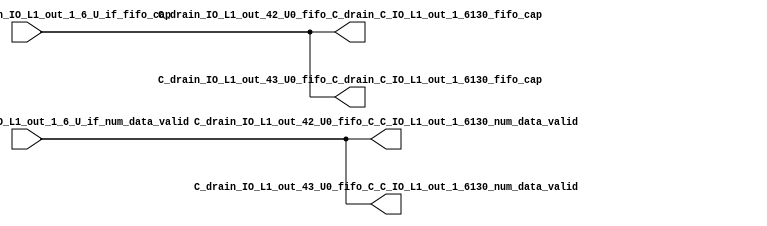
// ==================================================
// RTL generated by RapidStream
//
// Copyright 2024 RapidStream Design Automation, Inc.
// All Rights Reserved.
// ==================================================
`timescale 1 ns / 1 ps
module __rs_kernel3_aux_split_aux_83 #(
    parameter C_S_AXI_CONTROL_DATA_WIDTH  = 32,
    parameter C_S_AXI_CONTROL_ADDR_WIDTH  = 6,
    parameter C_S_AXI_DATA_WIDTH          = 32,
    parameter C_M_AXI_GMEM_A_ID_WIDTH     = 1,
    parameter C_M_AXI_GMEM_A_ADDR_WIDTH   = 64,
    parameter C_M_AXI_GMEM_A_DATA_WIDTH   = 512,
    parameter C_M_AXI_GMEM_A_AWUSER_WIDTH = 1,
    parameter C_M_AXI_GMEM_A_ARUSER_WIDTH = 1,
    parameter C_M_AXI_GMEM_A_WUSER_WIDTH  = 1,
    parameter C_M_AXI_GMEM_A_RUSER_WIDTH  = 1,
    parameter C_M_AXI_GMEM_A_BUSER_WIDTH  = 1,
    parameter C_M_AXI_GMEM_A_USER_VALUE   = 0,
    parameter C_M_AXI_GMEM_A_PROT_VALUE   = 0,
    parameter C_M_AXI_GMEM_A_CACHE_VALUE  = 3,
    parameter C_M_AXI_DATA_WIDTH          = 32,
    parameter C_M_AXI_GMEM_B_ID_WIDTH     = 1,
    parameter C_M_AXI_GMEM_B_ADDR_WIDTH   = 64,
    parameter C_M_AXI_GMEM_B_DATA_WIDTH   = 512,
    parameter C_M_AXI_GMEM_B_AWUSER_WIDTH = 1,
    parameter C_M_AXI_GMEM_B_ARUSER_WIDTH = 1,
    parameter C_M_AXI_GMEM_B_WUSER_WIDTH  = 1,
    parameter C_M_AXI_GMEM_B_RUSER_WIDTH  = 1,
    parameter C_M_AXI_GMEM_B_BUSER_WIDTH  = 1,
    parameter C_M_AXI_GMEM_B_USER_VALUE   = 0,
    parameter C_M_AXI_GMEM_B_PROT_VALUE   = 0,
    parameter C_M_AXI_GMEM_B_CACHE_VALUE  = 3,
    parameter C_M_AXI_GMEM_C_ID_WIDTH     = 1,
    parameter C_M_AXI_GMEM_C_ADDR_WIDTH   = 64,
    parameter C_M_AXI_GMEM_C_DATA_WIDTH   = 512,
    parameter C_M_AXI_GMEM_C_AWUSER_WIDTH = 1,
    parameter C_M_AXI_GMEM_C_ARUSER_WIDTH = 1,
    parameter C_M_AXI_GMEM_C_WUSER_WIDTH  = 1,
    parameter C_M_AXI_GMEM_C_RUSER_WIDTH  = 1,
    parameter C_M_AXI_GMEM_C_BUSER_WIDTH  = 1,
    parameter C_M_AXI_GMEM_C_USER_VALUE   = 0,
    parameter C_M_AXI_GMEM_C_PROT_VALUE   = 0,
    parameter C_M_AXI_GMEM_C_CACHE_VALUE  = 3,
    parameter C_S_AXI_CONTROL_WSTRB_WIDTH = 4,
    parameter C_S_AXI_WSTRB_WIDTH         = 4,
    parameter C_M_AXI_GMEM_A_WSTRB_WIDTH  = 64,
    parameter C_M_AXI_WSTRB_WIDTH         = 4,
    parameter C_M_AXI_GMEM_B_WSTRB_WIDTH  = 64,
    parameter C_M_AXI_GMEM_C_WSTRB_WIDTH  = 64
) (
    output wire [1:0] C_drain_IO_L1_out_42_U0_fifo_C_C_IO_L1_out_1_6130_num_data_valid,
    output wire [1:0] C_drain_IO_L1_out_42_U0_fifo_C_drain_C_IO_L1_out_1_6130_fifo_cap,
    output wire [1:0] C_drain_IO_L1_out_43_U0_fifo_C_C_IO_L1_out_1_6130_num_data_valid,
    output wire [1:0] C_drain_IO_L1_out_43_U0_fifo_C_drain_C_IO_L1_out_1_6130_fifo_cap,
    input wire  [1:0] fifo_C_drain_C_drain_IO_L1_out_1_6_U_if_fifo_cap,
    input wire  [1:0] fifo_C_drain_C_drain_IO_L1_out_1_6_U_if_num_data_valid
);
assign C_drain_IO_L1_out_42_U0_fifo_C_C_IO_L1_out_1_6130_num_data_valid = fifo_C_drain_C_drain_IO_L1_out_1_6_U_if_num_data_valid;
assign C_drain_IO_L1_out_42_U0_fifo_C_drain_C_IO_L1_out_1_6130_fifo_cap = fifo_C_drain_C_drain_IO_L1_out_1_6_U_if_fifo_cap;
assign C_drain_IO_L1_out_43_U0_fifo_C_C_IO_L1_out_1_6130_num_data_valid = fifo_C_drain_C_drain_IO_L1_out_1_6_U_if_num_data_valid;
assign C_drain_IO_L1_out_43_U0_fifo_C_drain_C_IO_L1_out_1_6130_fifo_cap = fifo_C_drain_C_drain_IO_L1_out_1_6_U_if_fifo_cap;
endmodule